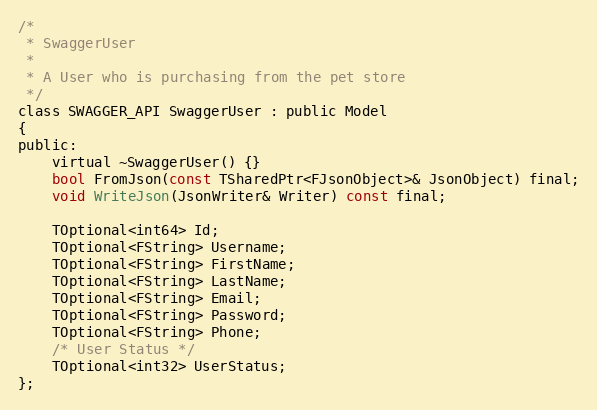
Language: C
/*
 * SwaggerUser
 *
 * A User who is purchasing from the pet store
 */
class SWAGGER_API SwaggerUser : public Model
{
public:
    virtual ~SwaggerUser() {}
	bool FromJson(const TSharedPtr<FJsonObject>& JsonObject) final;
	void WriteJson(JsonWriter& Writer) const final;

	TOptional<int64> Id;
	TOptional<FString> Username;
	TOptional<FString> FirstName;
	TOptional<FString> LastName;
	TOptional<FString> Email;
	TOptional<FString> Password;
	TOptional<FString> Phone;
	/* User Status */
	TOptional<int32> UserStatus;
};